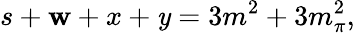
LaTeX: s+\mathbf{w}+x+\mathit{y}=3m^{2}+3m_{\pi}^{2},